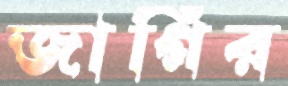
জাগির